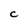
Character: C